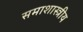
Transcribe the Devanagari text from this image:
समाशास्त्रीय